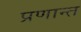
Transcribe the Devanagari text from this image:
प्रणान्त